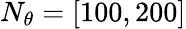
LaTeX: N_{\theta}=\left[100,200\right]